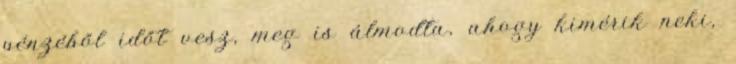
pénzéből időt vesz, meg is álmodta, ahogy kimérik neki,